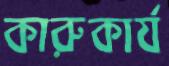
কারুকার্য